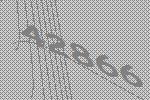
42866